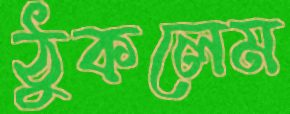
ঠুকলেম